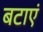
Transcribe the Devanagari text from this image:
बटाएं